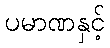
ပမာဏနှင့်